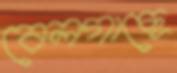
বেলগাছে